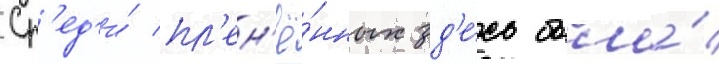
Ср'ед'и́ пл'ен'ё́нных зд'е́сь была́